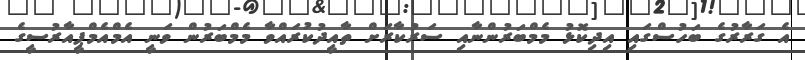
އެ ގަރާރުގެ ބަހުސްގައި އިދިކޮޅު މެމްބަރުންނާއި ސަރުކާރަށް ތާއީދުކުރައްވާ މެމްބަރުން ވަނީ އެމްއެމްޕީއާރުސީގެ